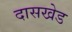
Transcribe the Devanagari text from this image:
दासखेड